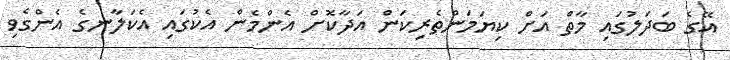
އޭގެ ބަދަލުގައި މާތް އަށް ކިޔަމަންތެރިކަން އަދާކޮށް އެންމެން އެކުގައި އެކަލާނގެ އެންގެވި